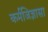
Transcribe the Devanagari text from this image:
कर्मजिज्ञासा